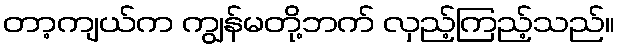
တာ့ကျယ်က ကျွန်မတို့ဘက် လှည့်ကြည့်သည်။